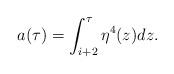
LaTeX: \begin{align*} a(\tau) = \int_{i+2}^\tau \eta^4(z)dz.\end{align*}